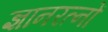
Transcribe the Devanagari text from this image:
ज्ञानरत्नों